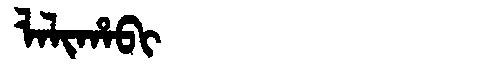
Manchu: ᠯᠠᠯᡳᡥᠠᠪᡳ
Romanization: LALIHABI